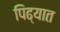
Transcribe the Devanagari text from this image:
पिढ्यात